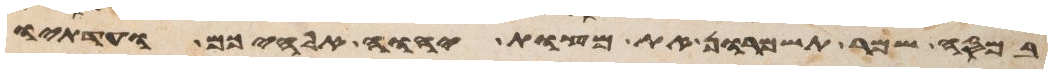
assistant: במסה שמר תשמרון את מצות יהוה אלהיכם ועדתיו